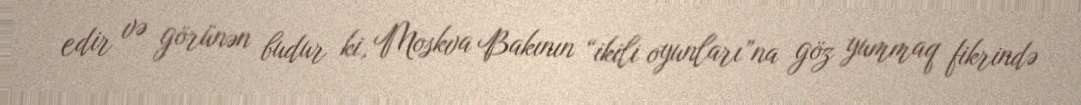
edir və görünən budur ki, Moskva Bakının “ikili oyunları”na göz yummaq fikrində